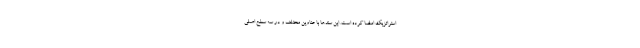
استراتژیک امضا کرده است. این سندها با عناوین مختلف و در سه سطح اصلی